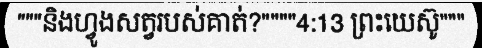
"""និងហ្វូងសត្វរបស់គាត់?""""4:13 ព្រះយេស៊ូ"""